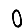
Digit: 0